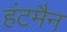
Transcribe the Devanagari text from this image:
हंटमैन